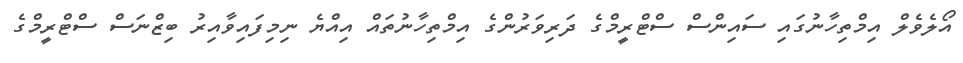
އޯލެވެލް އިމްތިހާނުގައި ސައިންސް ސްޓްރީމްގެ ދަރިވަރުންގެ އިމްތިހާނުތައް އިއްޔެ ނިމިފައިވާއިރު ބިޒްނަސް ސްޓްރީމްގެ